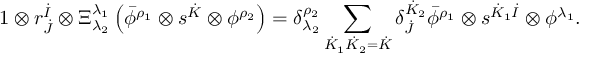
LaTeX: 1 \otimes r _ { \dot { J } } ^ { \dot { I } } \otimes \Xi _ { \lambda _ { 2 } } ^ { \lambda _ { 1 } } \left( \bar { \phi } ^ { \rho _ { 1 } } \otimes s ^ { \dot { K } } \otimes \phi ^ { \rho _ { 2 } } \right) = \delta _ { \lambda _ { 2 } } ^ { \rho _ { 2 } } \sum _ { \dot { K } _ { 1 } \dot { K } _ { 2 } = \dot { K } } \delta _ { \dot { J } } ^ { \dot { K } _ { 2 } } \bar { \phi } ^ { \rho _ { 1 } } \otimes s ^ { \dot { K } _ { 1 } \dot { I } } \otimes \phi ^ { \lambda _ { 1 } } .